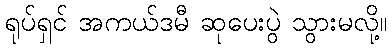
ရုပ်ရှင် အကယ်ဒမီ ဆုပေးပွဲ သွားမလို့။